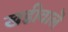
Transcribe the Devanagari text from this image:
खडीवालॆ